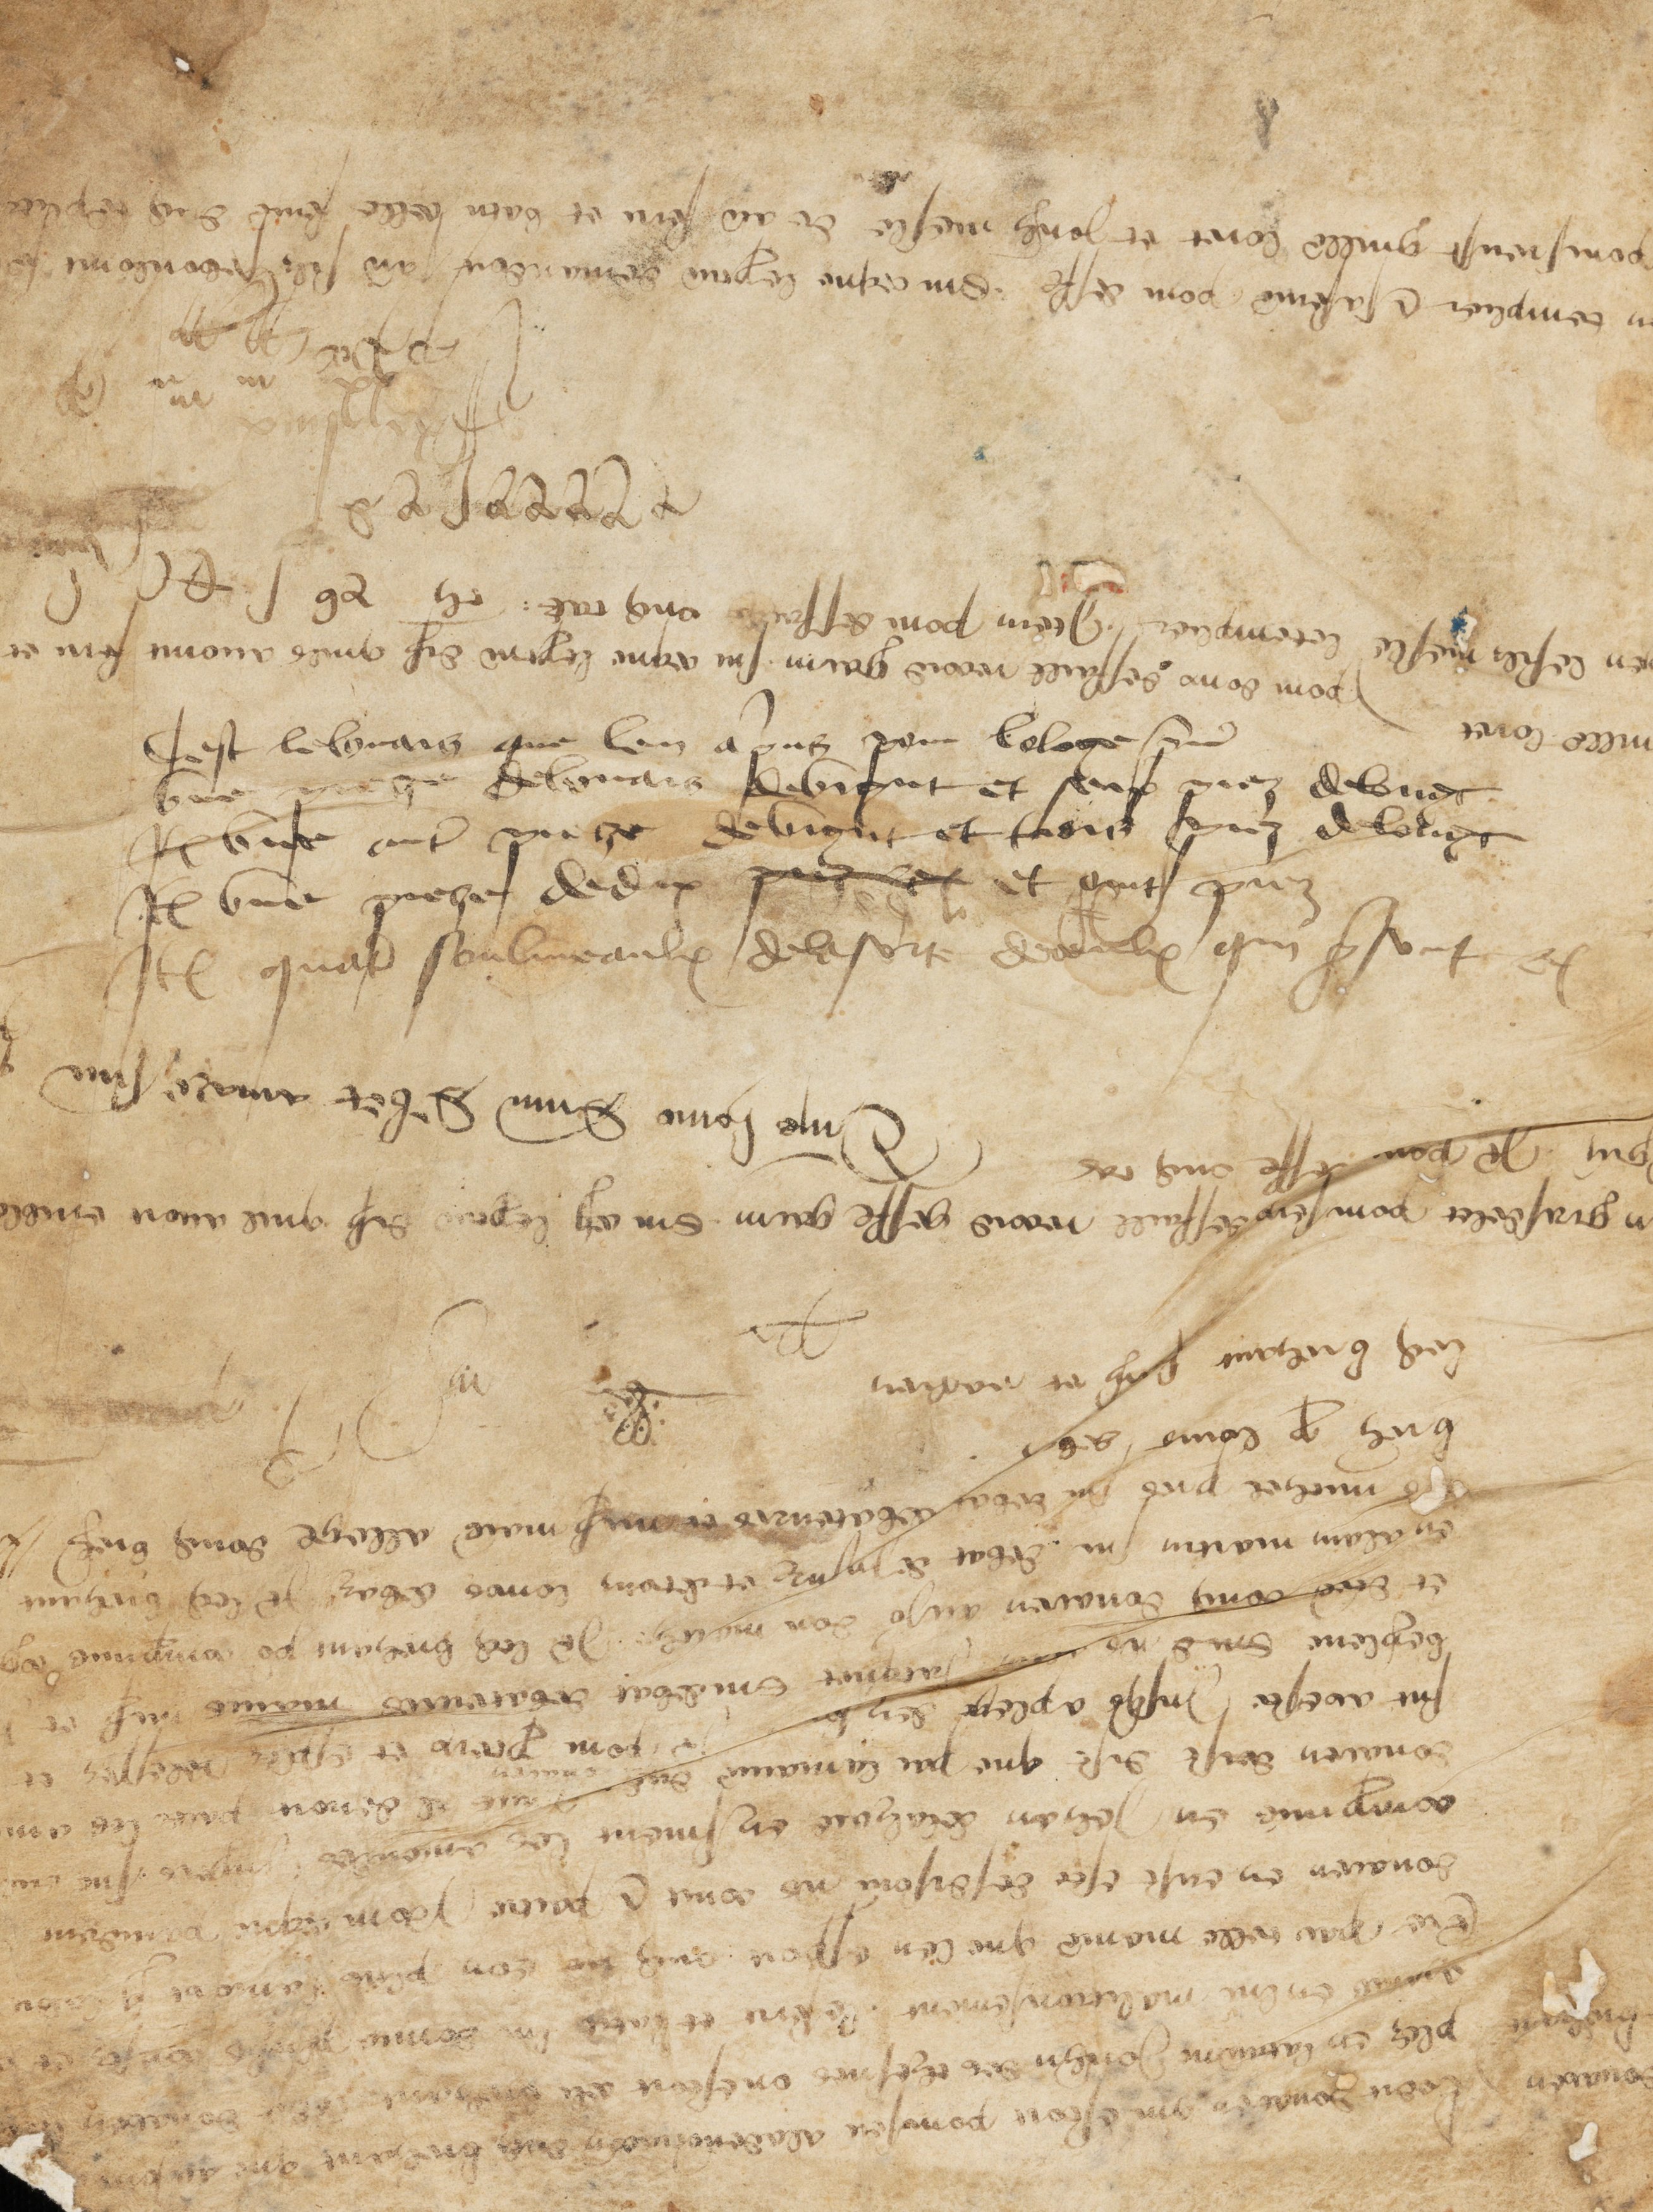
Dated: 1300–1349